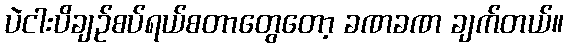
ပဲငါးပိချဉ်စပ်ရယ်စတာတွေတော့ ခဏခဏ ချက်တယ်။